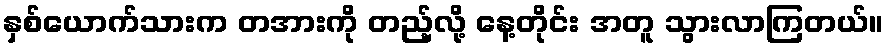
နှစ်ယောက်သားက တအားကို တည့်လို့ နေ့တိုင်း အတူ သွားလာကြတယ်။